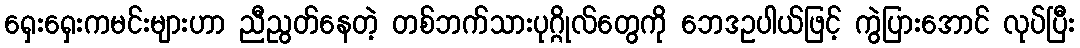
ရှေးရှေးကမင်းများဟာ ညီညွတ်နေတဲ့ တစ်ဘက်သားပုဂ္ဂိုလ်တွေကို ဘေဒဥပါယ်ဖြင့် ကွဲပြားအောင် လုပ်ပြီး